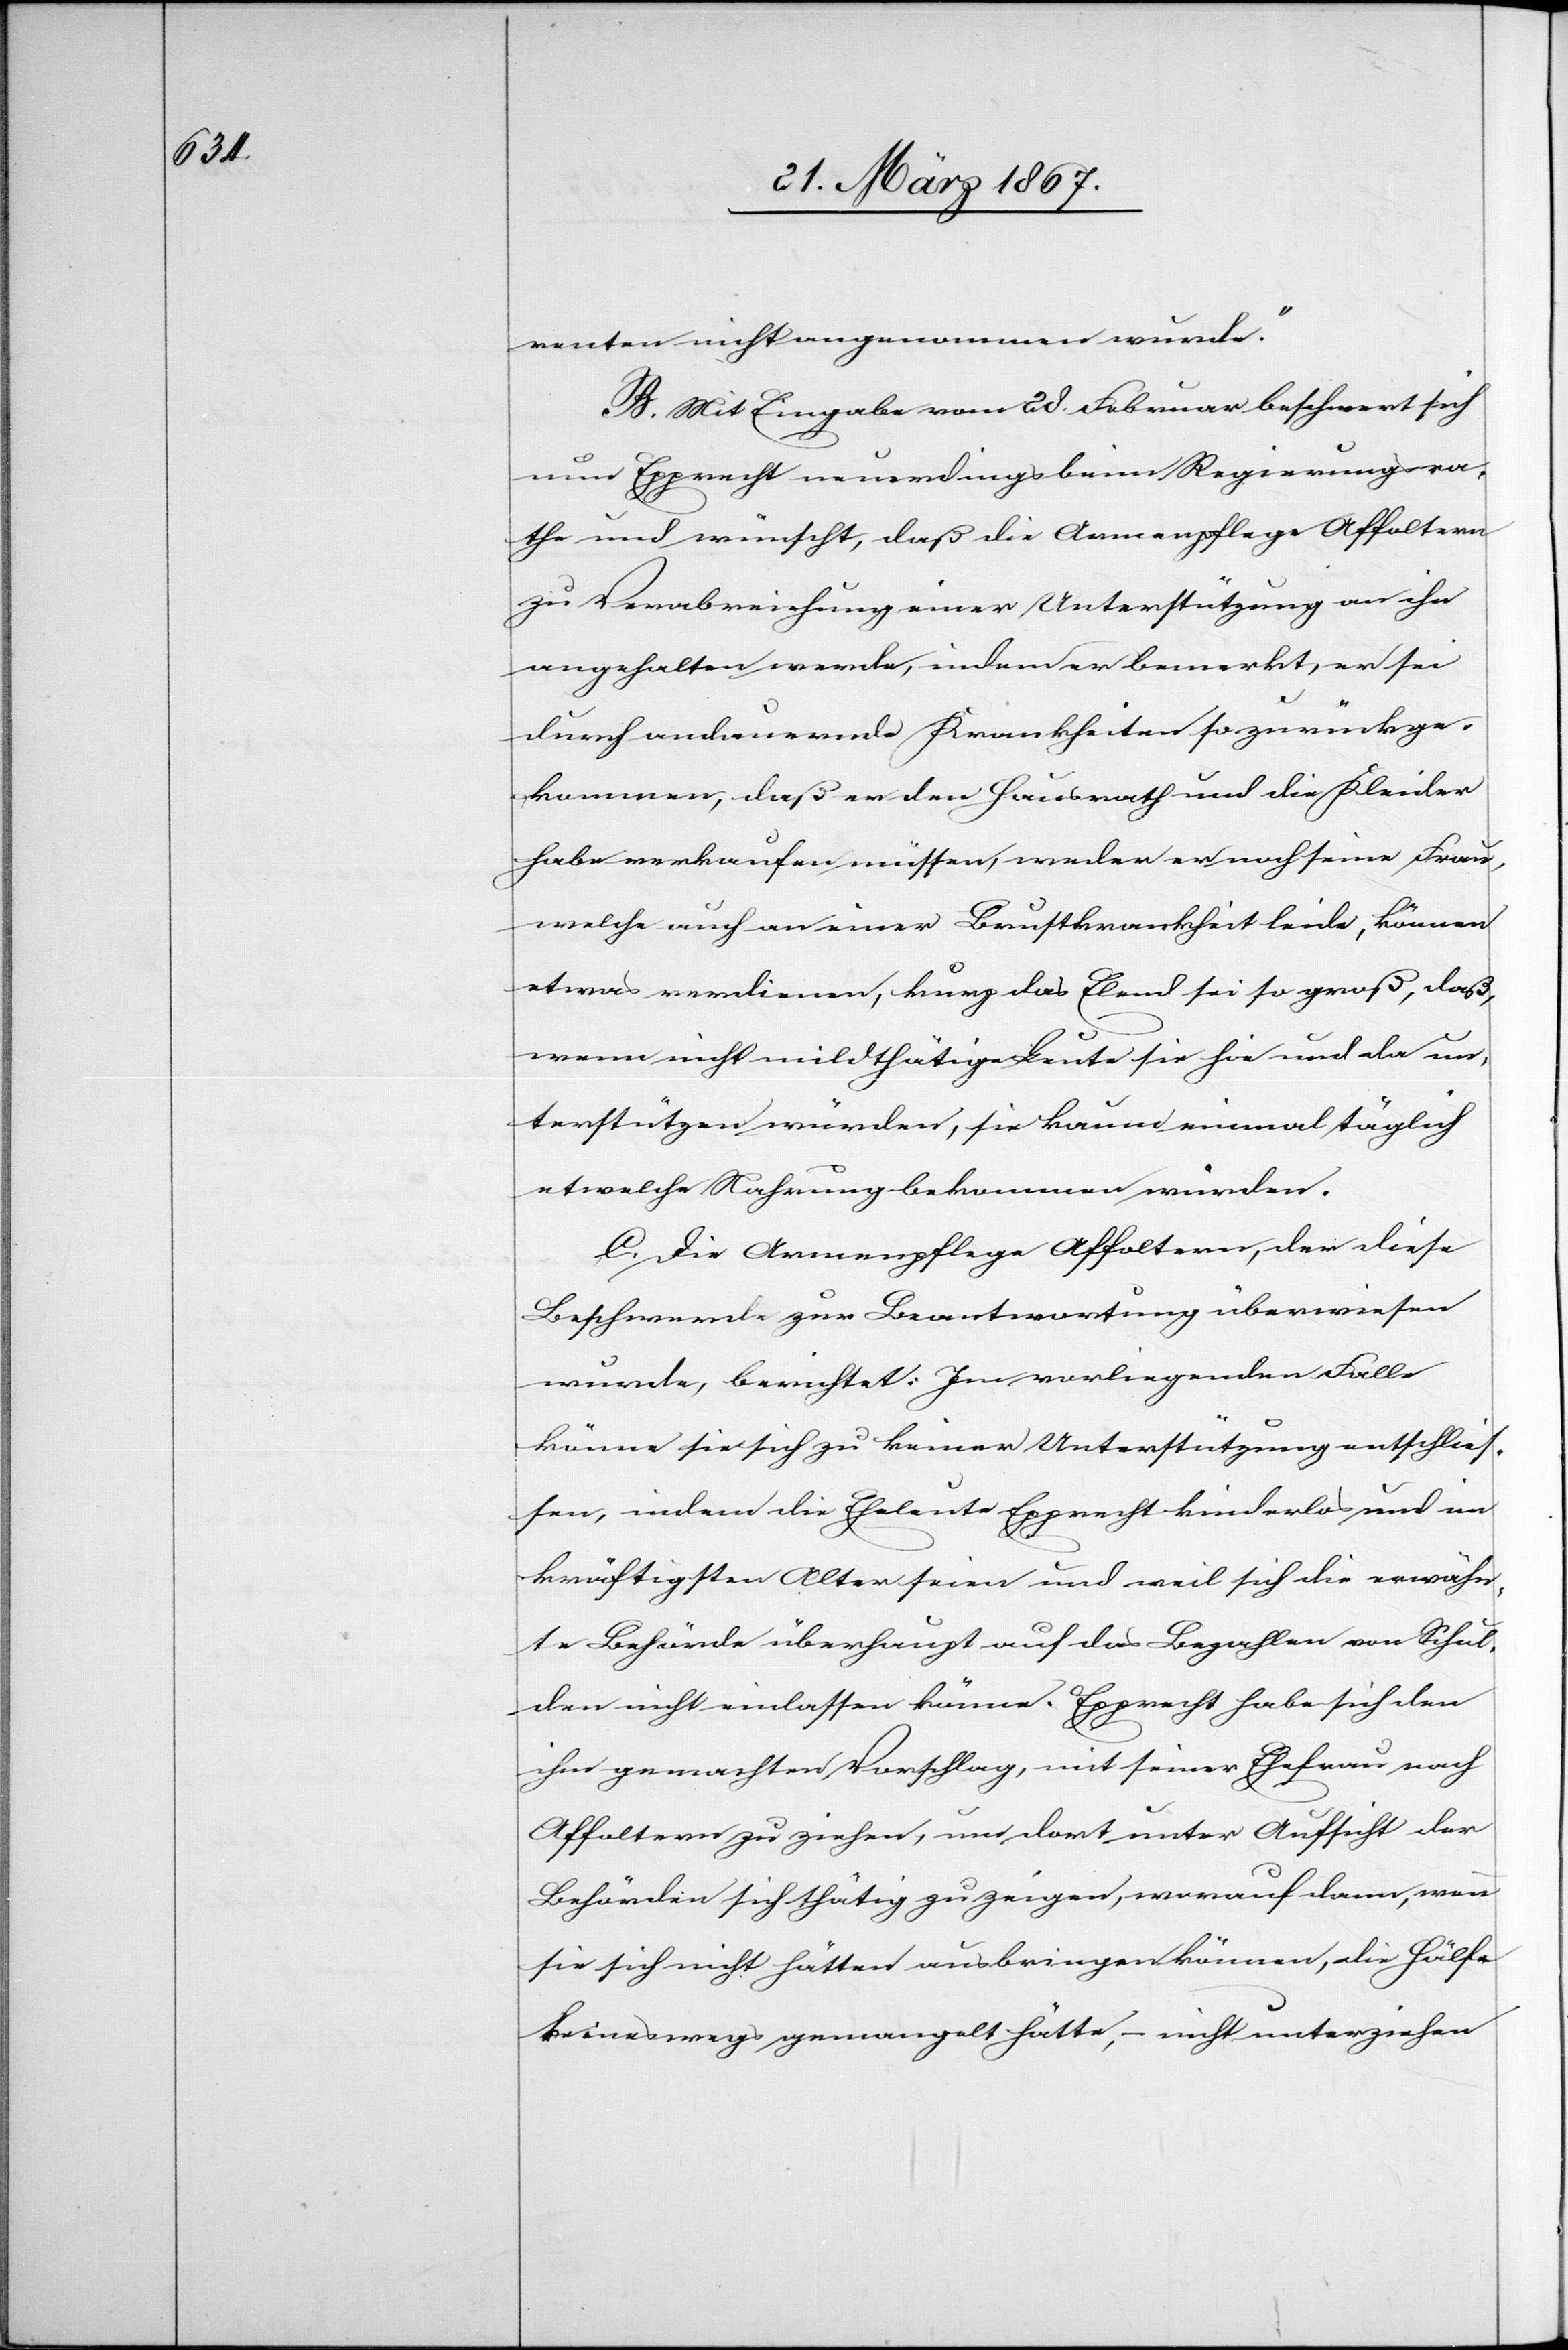
renten nicht angenommen wurde.“
B. Mit Eingabe vom 28. Februar beschwert sich
nun Epprecht neuerdings beim Regierungsra¬
the und wünscht, daß die Armenpflege Affoltern
zu Verabreichung einer Unterstützung an ihn
angehalten werde, indem er bemerkt, er sei
durch andauernde Krankheiten so zurückge¬
kommen, daß er den Hausrath und die Kleider
habe verkaufen müssen, weder er noch seine Frau,
welche auch an einer Brustkrankheit leide, können
etwas verdienen, kurz das Elend sei so groß, daß,
wenn nicht mildthätige Leute sie hie und da un¬
terstützen würden, sie kaum einmal täglich
etwelche Nahrung bekommen würden.
C. Die Armenpflege Affoltern, der diese
Beschwerde zur Beantwortung überwiesen
wurde, berichtet: Im vorliegenden Falle
könne sie sich zu keiner Unterstützung entschlies¬
sen, indem die Eheleute Epprecht kinderlos und im
kräftigsten Alter seien und weil sich die erwähn¬
te Behörde überhaupt auf das Bezahlen von Schul¬
den nicht einlassen könne. Epprecht habe sich den
ihm gemachten Vorschlag, mit seiner Ehefrau nach
Affoltern zu ziehen, um dort unter Aufsicht der
Behörden sich thätig zu zeigen, worauf dann, wenn
sie sich nicht hätten ausbringen können, die Hülfe
keineswegs gemangelt hätte, – nicht unterziehen